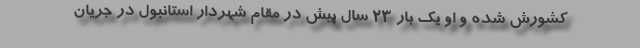
کشورش شده و او یک بار 23 سال پیش در مقام شهردار استانبول در جریان